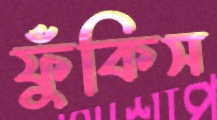
ফুঁকিস